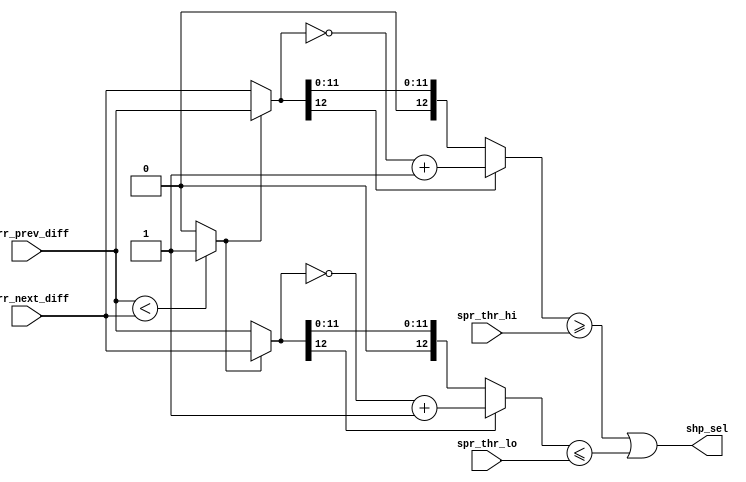
module abs_thr_comparator (
    input signed [12:0] curr_prev_diff,
    input signed [12:0] curr_next_diff,
    input [12:0] spr_thr_hi,
    input [12:0] spr_thr_lo,
    output shp_sel
);

wire flag;
wire [12:0] diff_hi;
wire [12:0] diff_lo;
assign diff_hi = (flag) ? curr_prev_diff : curr_next_diff;
assign diff_lo = (flag) ? curr_next_diff : curr_prev_diff;
wire [12:0] abs_diff_hi, abs_diff_lo;

assign flag = (curr_prev_diff < curr_next_diff) ? 1 : 0;
assign abs_diff_hi = (diff_hi[12]) ? ~diff_hi+1 : diff_hi;
assign abs_diff_lo = (diff_lo[12]) ? ~diff_lo+1 : diff_lo;

assign shp_sel = (abs_diff_hi >= spr_thr_hi) || (abs_diff_lo <= spr_thr_lo);
    
endmodule